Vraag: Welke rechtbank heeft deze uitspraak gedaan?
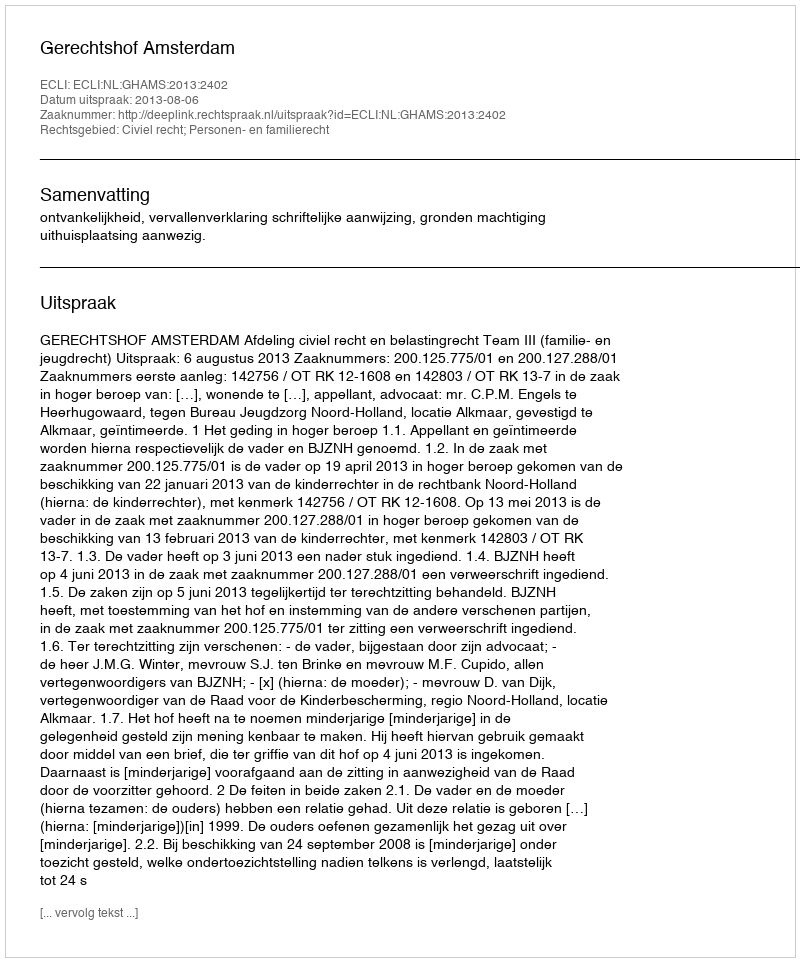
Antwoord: Gerechtshof Amsterdam